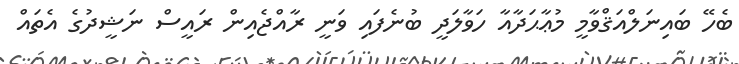
ބެހޭ ބައިނަލްއަޤްވާމީ މުޢާޙަދާއާ ހަވާލަދީ ބުނެފައި ވަނީ ރާއްޖެއިން ރައީސް ނަޝީދުގެ އެތައް